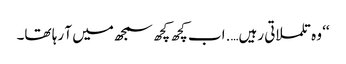
‘‘ وہ تلملاتی رہیں….اب کچھ کچھ سمجھ میں آ رہا تھا۔